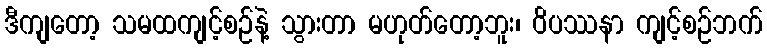
ဒီကျတော့ သမထကျင့်စဉ်နဲ့ သွားတာ မဟုတ်တော့ဘူး၊ ဝိပဿနာ ကျင့်စဉ်ဘက်